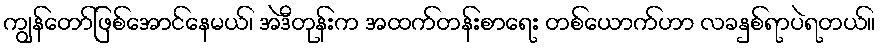
ကျွန်တော်ဖြစ်အောင်နေမယ်၊ အဲဒီတုန်းက အထက်တန်းစာရေး တစ်ယောက်ဟာ လခနှစ်ရာပဲရတယ်။